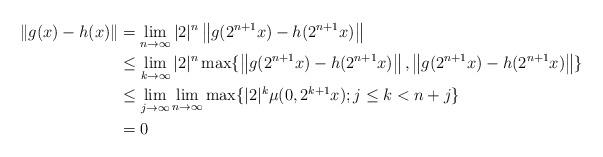
LaTeX: \begin{align*}\left\| g(x)-h(x)\right\|&=\lim_{n\rightarrow\infty}|2|^{n}\left\| g(2^{n+1}x)-h(2^{n+1}x)\right\| \\&\leq\lim_{k\rightarrow\infty}|2|^{n}\max\{\left\| g(2^{n+1}x)-h(2^{n+1}x)\right\|, \left\| g(2^{n+1}x)-h(2^{n+1}x)\right\|\}\\&\leq\lim_{j\rightarrow\infty}\lim_{n\rightarrow\infty}\max\{|2|^{k}\mu(0, 2^{k+1}x);j\leq k<n+j\}\\&=0\end{align*}